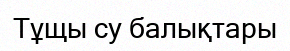
Тұщы су балықтары